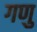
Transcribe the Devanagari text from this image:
गणु